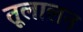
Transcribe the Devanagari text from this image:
तूलालन